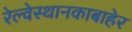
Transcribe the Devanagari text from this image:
रेल्वेस्थानकाबाहेर